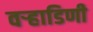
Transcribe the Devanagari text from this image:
वर्‍हाडिणी